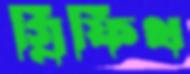
গ্রিফিথ